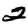
Digit: 2